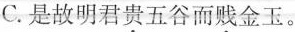
C.是故明君\underset{·}{贵}五谷而\underset{·}{贱}金玉。